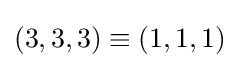
(3,3,3)\equiv (1,1,1)